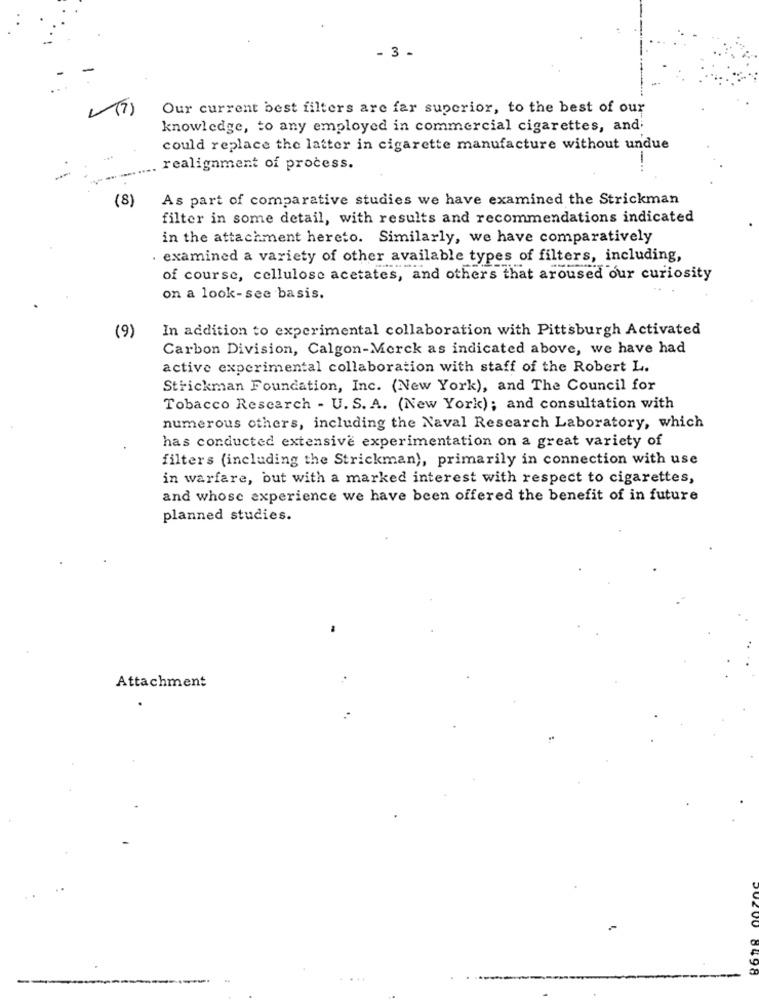
- 3 -
4(7)
Our current best filters are far superior, to the best of our
knowledge, to any employed in commercial cigarettes, and
could replace the latter in cigarette manufacture without undue
realignment of process.
As part of comparative studies we have examined the Strickman
(8)
filter in some detail, with results and recommendations indicated
in the attachment hereto. Similarly, we have comparatively
. examined a variety of other available types of filters, including,
of course, cellulose acetates, and others that aroused our curiosity
on a look-see basis.
(9)
In addition to experimental collaboration with Pittsburgh Activated
Carbon Division, Calgon-Merck as indicated above, we have had
active experimental collaboration with staff of the Robert L.
Strickman Foundation, Inc. (New York), and The Council for
Tobacco Research - U. S. A. (New York); and consultation with
numerous others, including the Naval Research Laboratory, which
has conducted extensive experimentation on a great variety of
filters (including the Strickman), primarily in connection with use
in warfare, but with a marked interest with respect to cigarettes,
and whose experience we have been offered the benefit of in future
planned studies.
Attachment
0496
....